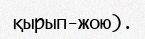
қырып-жою).